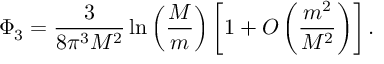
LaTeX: \Phi _ { 3 } = \frac { 3 } { 8 \pi ^ { 3 } M ^ { 2 } } \ln \left( \frac { M } { m } \right) \left[ 1 + O \left( \frac { m ^ { 2 } } { M ^ { 2 } } \right) \right] .